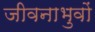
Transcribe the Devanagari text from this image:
जीवनाभुवों